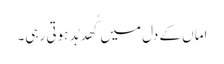
اماں کے دل میں کُھد بُد ہوتی رہی۔